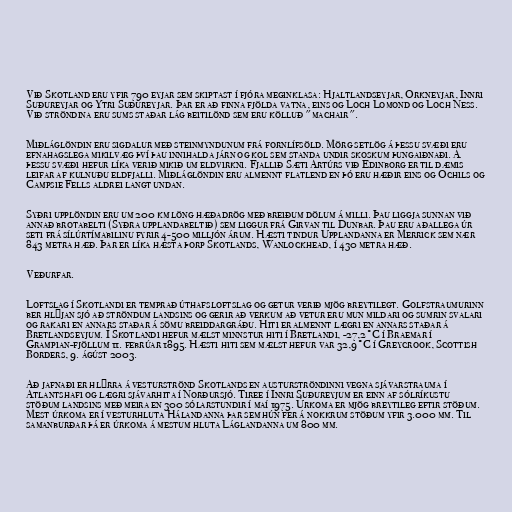
Við Skotland eru yfir 790 eyjar sem skiptast í fjóra meginklasa: Hjaltlandseyjar, Orkneyjar, Innri
Suðureyjar og Ytri Suðureyjar. Þar er að finna fjölda vatna, eins og Loch Lomond og Loch Ness.
Við ströndina eru sums staðar lág beitilönd sem eru kölluð "machair".

Miðláglöndin eru sigdalur með steinmyndunum frá fornlífsöld. Mörg setlög á þessu svæði eru
efnahagslega mikilvæg því þau innihalda járn og kol sem standa undir skoskum þungaiðnaði. Á
þessu svæði hefur líka verið mikið um eldvirkni. Fjallið Sæti Artúrs við Edinborg er til dæmis
leifar af kulnuðu eldfjalli. Miðláglöndin eru almennt flatlend en þó eru hæðir eins og Ochils og
Campsie Fells aldrei langt undan.

Syðri upplöndin eru um 200 km löng hæðadrög með breiðum dölum á milli. Þau liggja sunnan við
annað brotabelti (Syðra upplandabeltið) sem liggur frá Girvan til Dunbar. Þau eru aðallega úr
seti frá sílúrtímabilinu fyrir 4-500 milljón árum. Hæsti tindur Upplandanna er Merrick sem nær
843 metra hæð. Þar er líka hæsta þorp Skotlands, Wanlockhead, í 430 metra hæð.

Veðurfar.

Loftslag í Skotlandi er temprað úthafsloftslag og getur verið mjög breytilegt. Golfstraumurinn
ber hlýjan sjó að ströndum landsins og gerir að verkum að vetur eru mun mildari og sumrin svalari
og rakari en annars staðar á sömu breiddargráðu. Hiti er almennt lægri en annars staðar á
Bretlandseyjum. Í Skotlandi hefur mælst minnstur hiti í Bretlandi, -27,2°C í Braemar í
Grampian-fjöllum 11. febrúar 1895. Hæsti hiti sem mælst hefur var 32,9°C í Greycrook, Scottish
Borders, 9. ágúst 2003.

Að jafnaði er hlýrra á vesturströnd Skotlands en austurströndinni vegna sjávarstrauma í
Atlantshafi og lægri sjávarhita í Norðursjó. Tiree í Innri Suðureyjum er einn af sólríkustu
stöðum landsins með meira en 300 sólarstundir í maí 1975. Úrkoma er mjög breytileg eftir stöðum.
Mest úrkoma er í vesturhluta Hálandanna þar sem hún fer á nokkrum stöðum yfir 3.000 mm. Til
samanburðar þá er úrkoma á mestum hluta Láglandanna um 800 mm.